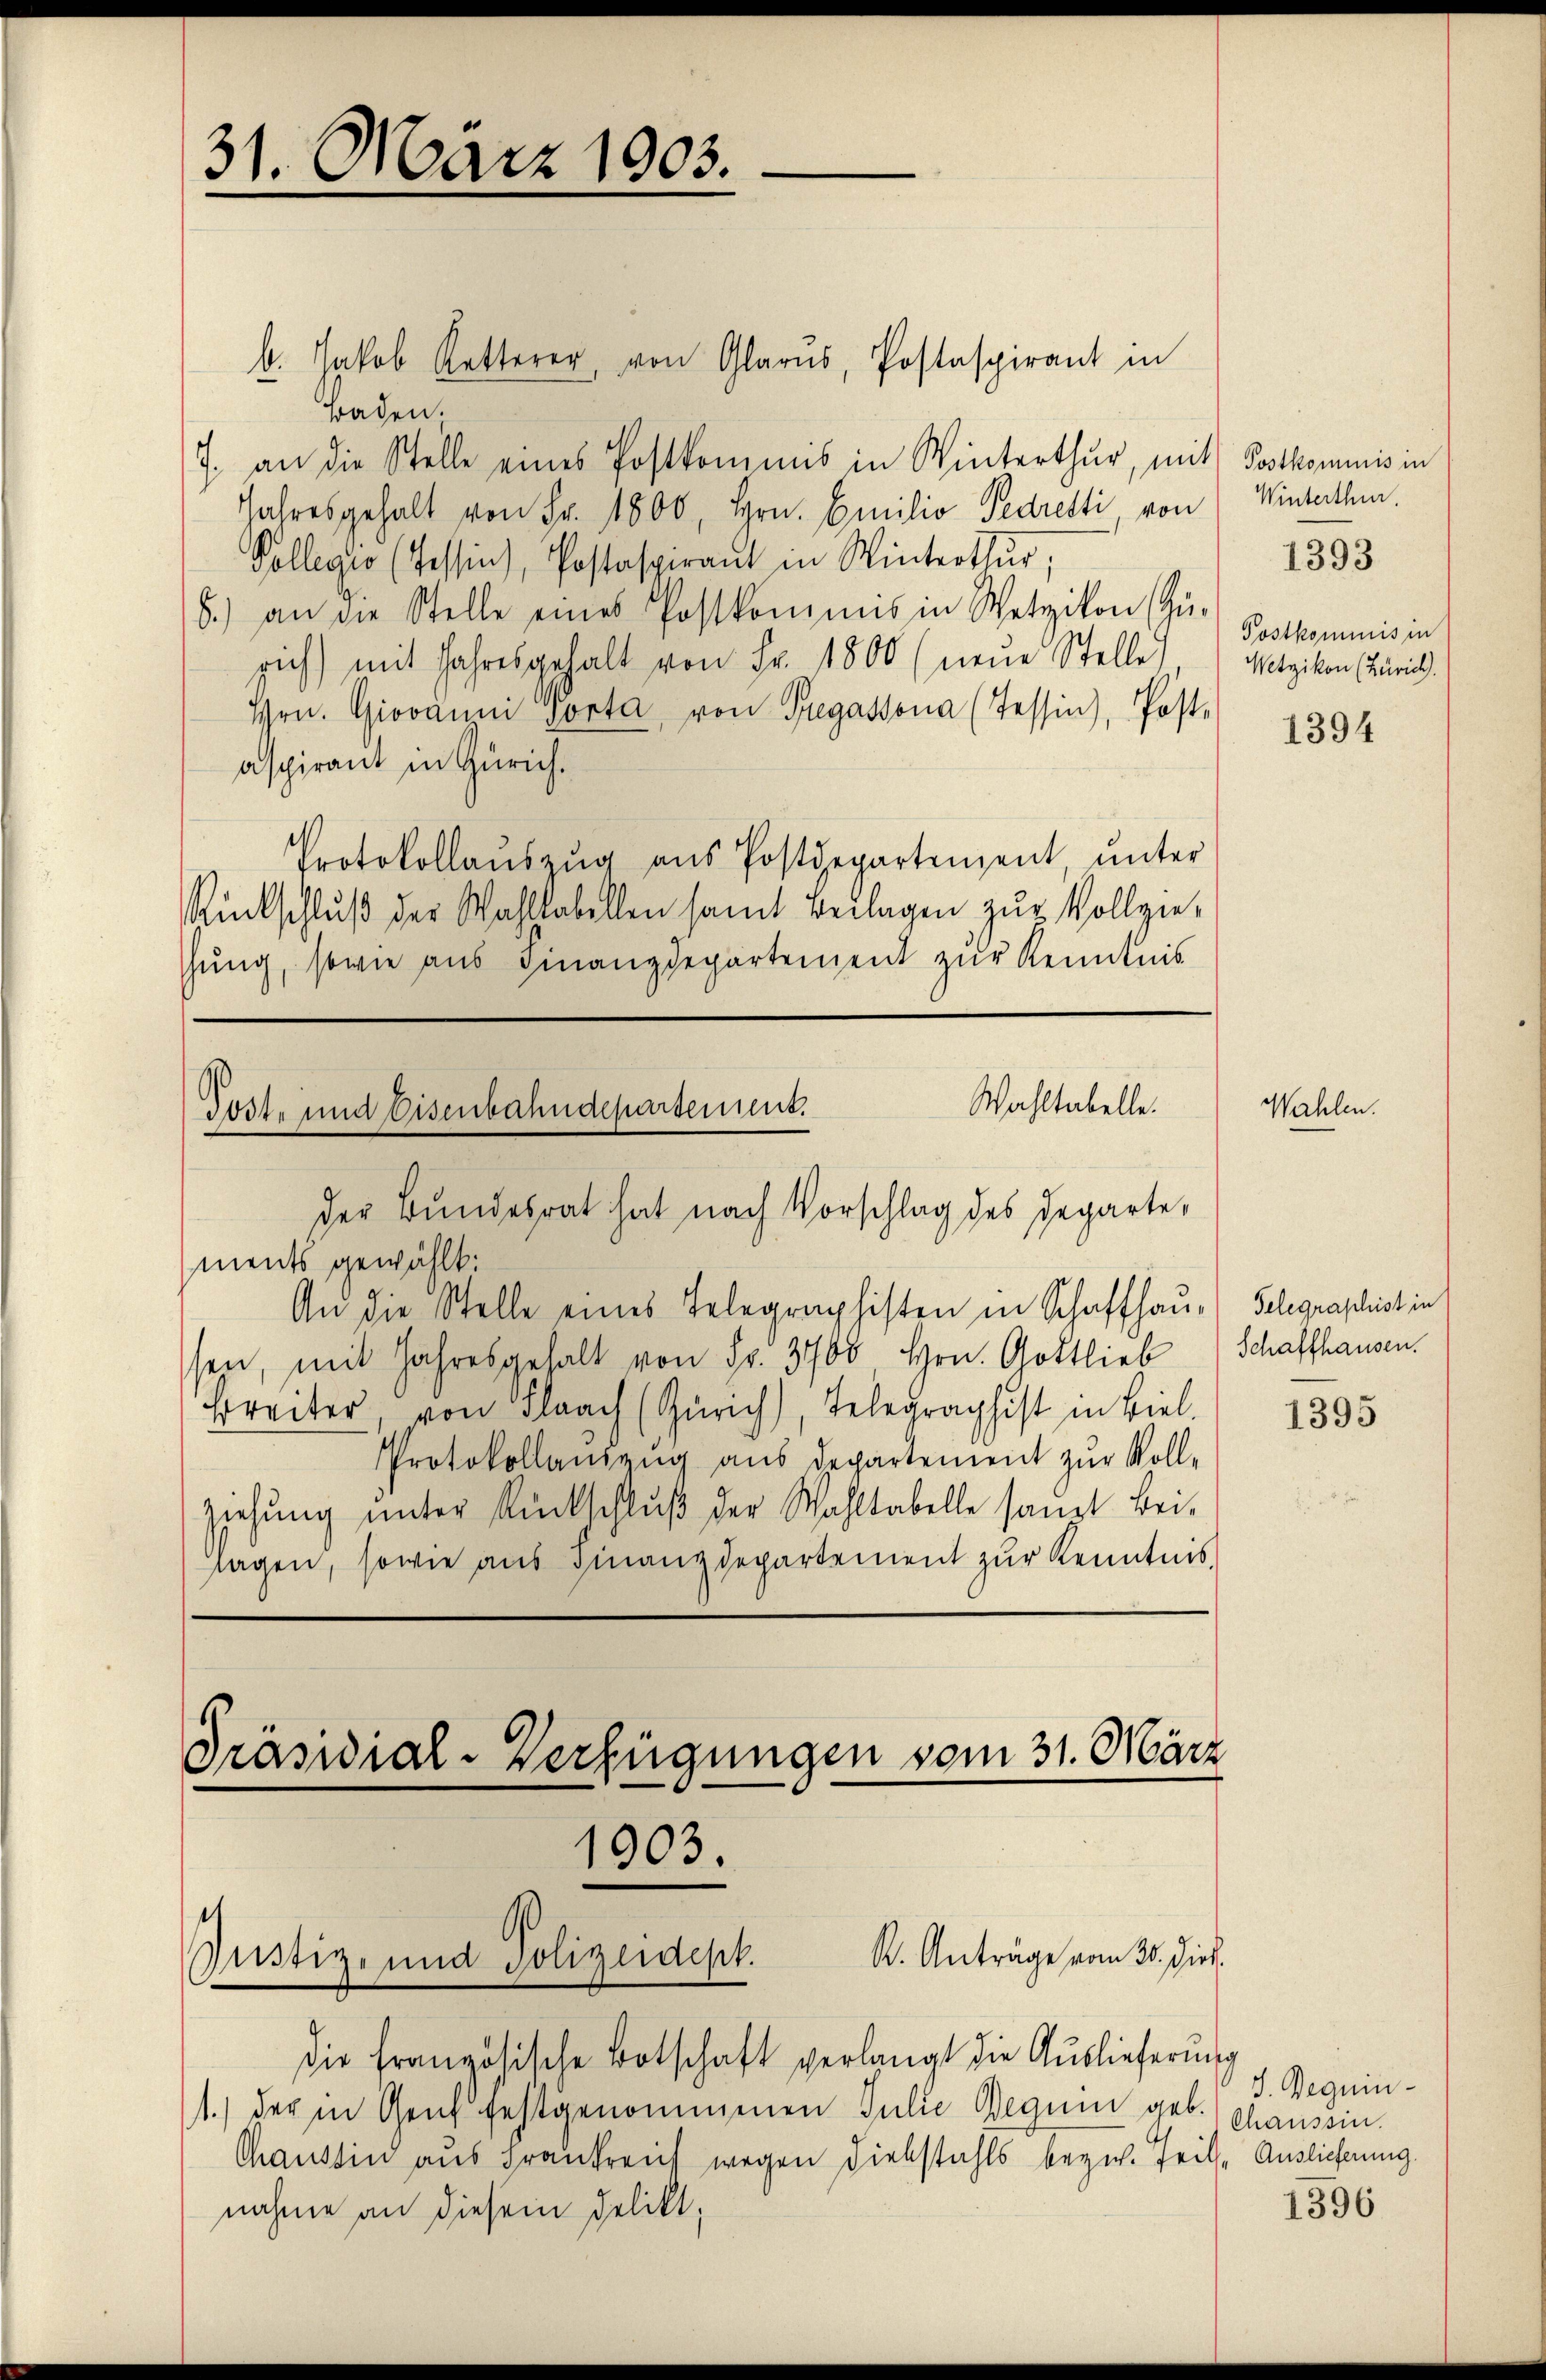
31. März 1903.

s. Jakob Ketterer, von Glarus, Postaspirant in
Baden.
7. an die Stelle eines Postkommis in Winterthur, mit Postkommnis in
Jahresgehalt von Fr. 1800, Hrn. Emilio Gedretti von Winterthe
Kollegio (Tessin), Postaspirant in Winterthur,
8.) an die Stelle eines Postkommis in Wetzikon (Gü-
rich) mit Jahresgehalt von Fr. 1800 (neŭe Stelle) Metzikon Zürich.
Hrn. Giovanni Porta, von Gregassona (Tessin, Poste
aspirant in Zürich.
Protokollaŭszŭg aŭs Postdepartement unter
Rückschluß der Wahllabellen samt Beklagen zur Vollziehung, sowie aus Finanzdepartement zur Kenntnis

Wahltabelle.
Tost- und Eisenbahndepartement.
der Bundesrat hat nach Vorschlag des Departe,
ments gewählt:
An die Stelle eines Telegraphisten in Schaffhaus Schgraphist in

1
R. Anträge vom 30. Dieb.
Justiz- und Polizeidept.

die französische Botschaft verlangt die Auslieferung
1.) der in Genf festgenommenen Julie Regum geb.
Chaussin aus Frau wegen Diebstahls bezw. Teil- Auslieferung.
nahme an diesem Delikt,

Präsidial-Verfügungen vom 31. März
1903.

ssen, mit Jahresgehalt von Fr. 3768 Hrn. Gottlieb
Breiter, von Flaach (Zürich), Telegraphist in Biel
Protokollanzeng aus Departement zur Voll-
ziehung unter Rückschluß der Wahltabelle sangt bei.
lagen, sowie aus Finanzdepartement zŭr Kenntnis.

Postkommnis in

Wahlen

1393

1394

Schaffhausen.

1395

J. Beguin¬
Chaussin.

1396